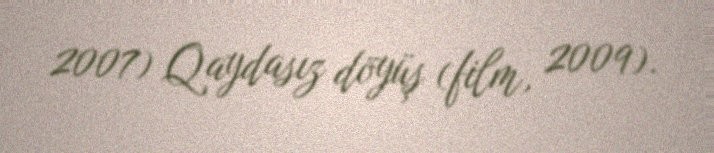
2007) Qaydasız döyüş (film, 2009).